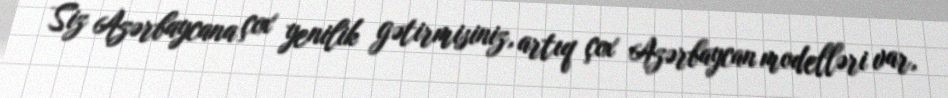
Siz Azərbaycana çox yenilik gətirmisiniz, artıq çox Azərbaycan modelləri var,